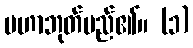
မဟာဘုတ်မည်၏။ (၁)